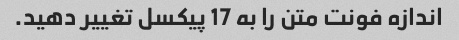
اندازه فونت متن را به 17 پیکسل تغییر دهید.